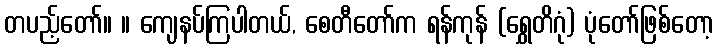
တပည့်တော်။ ။ ကျေနပ်ကြပါတယ်, စေတီတော်က ရန်ကုန် (ရွှေတိဂုံ) ပုံတော်ဖြစ်တော့